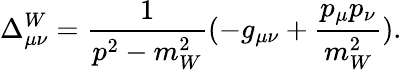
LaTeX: \Delta_{\mu\nu}^{W}=\frac{1}{p^{2}-m_{W}^{2}}(-g_{\mu\nu}+\frac{p_{\mu}p_{\nu}}{m_{W}^{2}}).